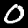
Digit: 0